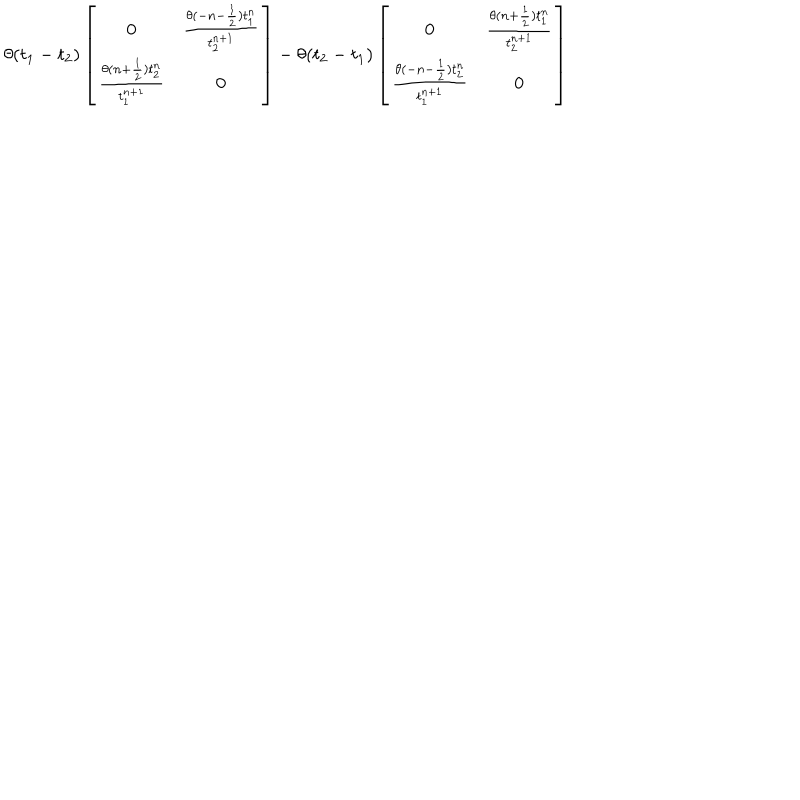
LaTeX: \theta ( t _ { 1 } - t _ { 2 } ) \left[ \begin{array} { c c } { { 0 } } & { { \frac { \theta ( - n - \frac 1 2 ) t _ { 1 } ^ { n } } { t _ { 2 } ^ { n + 1 } } } } \\ { { \frac { \theta ( n + \frac 1 2 ) t _ { 2 } ^ { n } } { t _ { 1 } ^ { n + 1 } } } } & { { 0 } } \\ \end{array} \right] - \theta ( t _ { 2 } - t _ { 1 } ) \left[ \begin{array} { c c } { { 0 } } & { { \frac { \theta ( n + \frac 1 2 ) t _ { 1 } ^ { n } } { t _ { 2 } ^ { n + 1 } } } } \\ { { \frac { \theta ( - n - \frac 1 2 ) t _ { 2 } ^ { n } } { t _ { 1 } ^ { n + 1 } } } } & { { 0 } } \\ \end{array} \right]